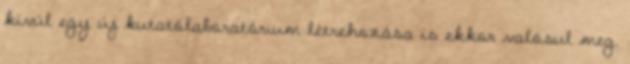
kívül egy új kutatólaboratórium létrehozása is ekkor valósul meg.